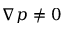
\nabla p \neq 0